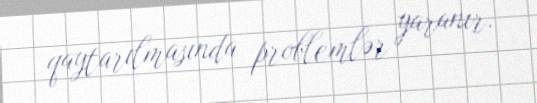
qaytarılmasında problemlər yaranır.